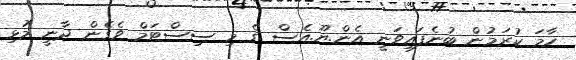
ހާމަ ކުރަމުން ބުނެފައިވަނީ އެން.ޔޫ.އެސް ގެ މި ސިސްޓަމް ވެގެން ދާނީ މުޅި